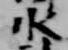
水